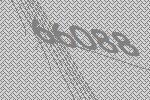
66088